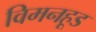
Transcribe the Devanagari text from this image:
विमनहूड